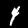
Label: 4